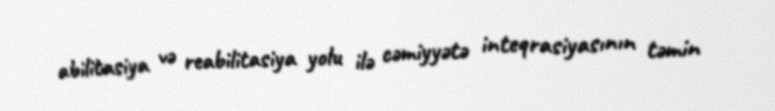
abilitasiya və reabilitasiya yolu ilə cəmiyyətə inteqrasiyasının təmin